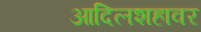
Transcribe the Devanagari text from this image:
आदिलशहावर